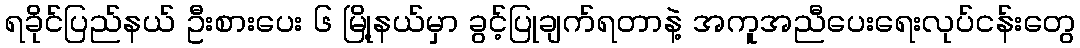
ရခိုင်ပြည်နယ် ဦးစားပေး ၆ မြို့နယ်မှာ ခွင့်ပြုချက်ရတာနဲ့ အကူအညီပေးရေးလုပ်ငန်းတွေ